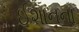
ઈશાનના